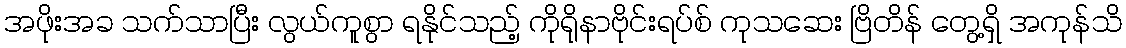
အဖိုးအခ သက်သာပြီး လွယ်ကူစွာ ရနိုင်သည့် ကိုရိုနာဗိုင်းရပ်စ် ကုသဆေး ဗြိတိန် တွေ့ရှိ အကုန်သိ